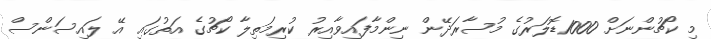
މި ކޯޗުންނަށް 1000ޑޮލަރުގެ މުސާރަދޭން ނިންމާފައިވާއިރު ކުރިމަތިލާ ކޯޗުގެ އަތުގައި އޭ ލައިސަންސް